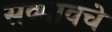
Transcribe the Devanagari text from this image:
सव्भावचे